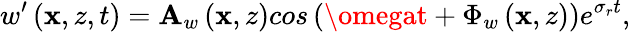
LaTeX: w^{\prime}\left(\mathbf{x},z,t\right)=\mathbf{A}_{w}\left(\mathbf{x},z\right)cos\left(\omegat+\Phi_{w}\left(\mathbf{x},z\right)\right)e^{\sigma_{r}t},